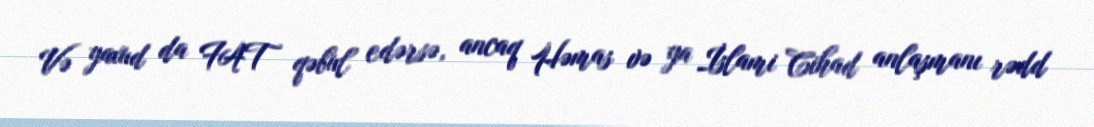
Və yaxud da FAT qəbul edərsə, ancaq Həmas və ya İslami Cihad anlaşmanı rədd